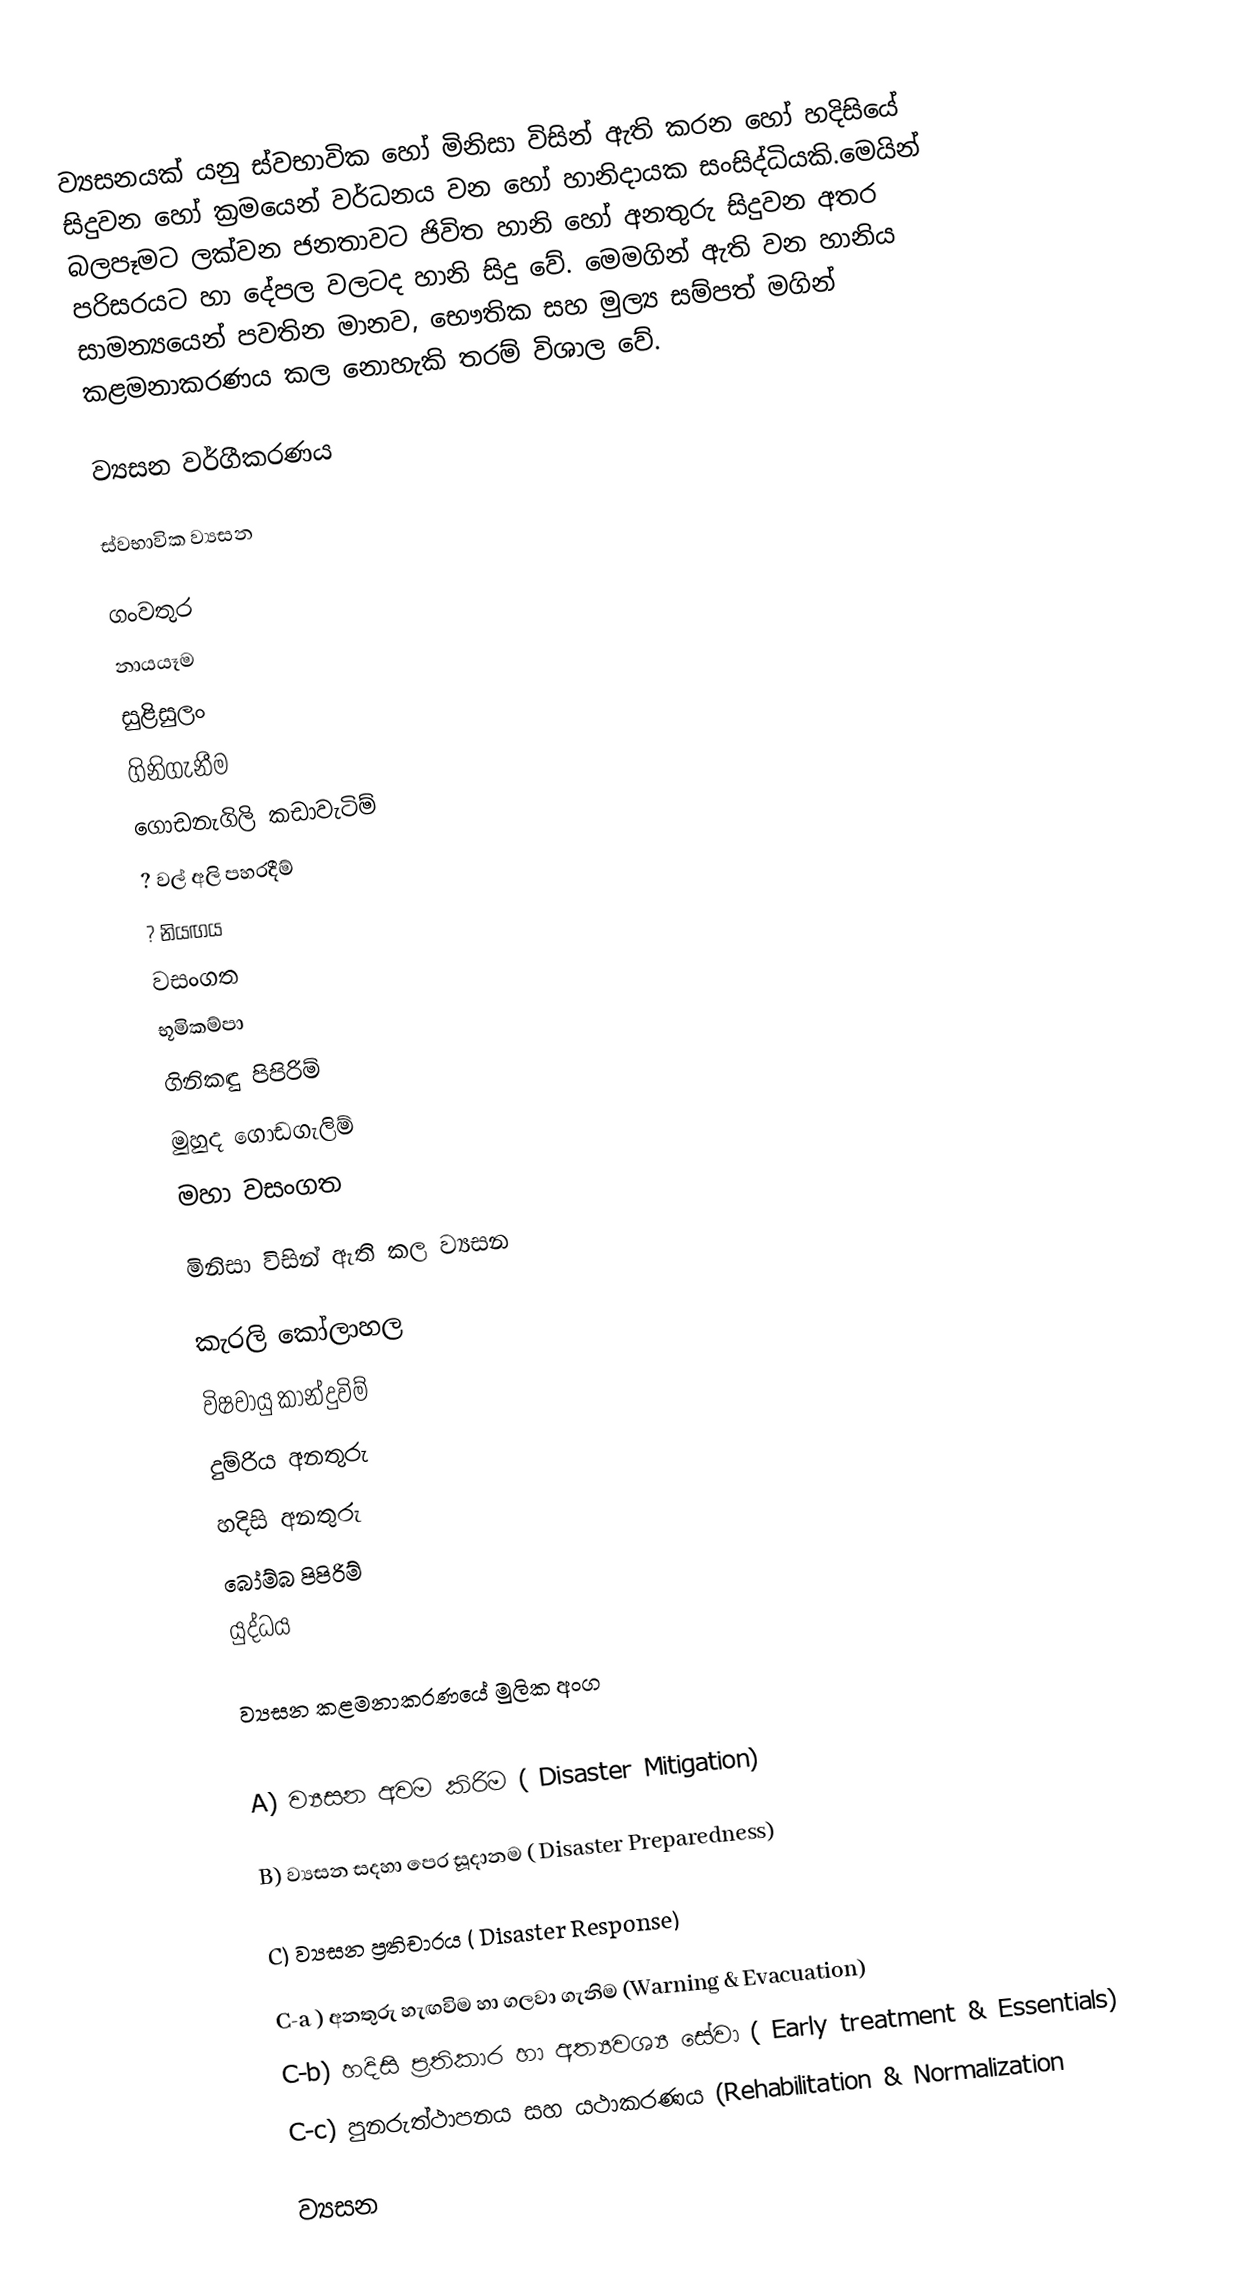
ව්‍යසනයක් යනු ස්වභාවික හෝ මිනිසා විසින්  ඇති කරන හෝ හදිසියේ සිදුවන  හෝ ක්‍රමයෙන් වර්ධනය වන හෝ හානිදායක සංසිද්ධියකි.මෙයින් බලපෑමට ලක්වන ජනතාවට ජිවිත හානි හෝ අනතුරු සිදුවන අතර  පරිසරයට හා දේපල වලටද   හානි  සිදු වේ.  මෙමගින් ඇති වන හානිය සාමන්‍යයෙන් පවතින මානව, භෞතික සහ මුල්‍ය  සම්පත් මගින්  කළමනාකරණය කල නොහැකි තරම් විශාල වේ.

ව්‍යසන වර්ගීකරණය

ස්වභාවික ව්‍යසන

  ගංවතුර
  නායයෑම
  සුළිසුලං
  ගිනිගැනීම
  ගොඩනැගිලි කඩාවැටිම්
 ? වල් අලි පහරදීම්
  ? නියඟය
  වසංගත
  භූමිකම්පා
  ගිනිකඳු පිපිරිම්
  මුහුද ගොඩගැලිම්
 මහා වසංගත

මිනිසා විසින් ඇති කල ව්‍යසන

  කැරලි කෝලාහල
  විෂවායු කාන්දුවිම්
  දුම්රිය අනතුරු
  හදිසි අනතුරු
  බෝම්බ පිපිරිම්
  යුද්ධය

ව්‍යසන කළමනාකරණයේ මුලික අංග

A) ව්‍යසන අවම කිරිම              ( Disaster Mitigation)

B) ව්‍යසන සදහා පෙර සූදානම    ( Disaster Preparedness)

C) ව්‍යසන ප්‍රතිචාරය                 ( Disaster Response)

C-a ) අනතුරු හැඟවිම හා ගලවා ගැනිම   (Warning & Evacuation)
C-b) හදිසි ප්‍රතිකාර හා අත්‍යවශ්‍ය සේවා   ( Early treatment & Essentials)
 C-c) පුනරුත්ථාපනය සහ යථාකරණය     (Rehabilitation & Normalization

ව්‍යසන